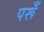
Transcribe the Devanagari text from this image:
परूँ